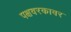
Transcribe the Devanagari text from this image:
पक्षवरकावर